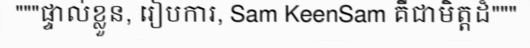
"""ផ្ទាល់ខ្លួន, រៀបការ, Sam KeenSam គឺជាមិត្តដ៏"""